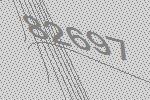
82697